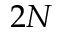
2 N